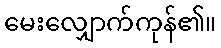
မေးလျှောက်ကုန်၏။